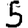
Digit: 5